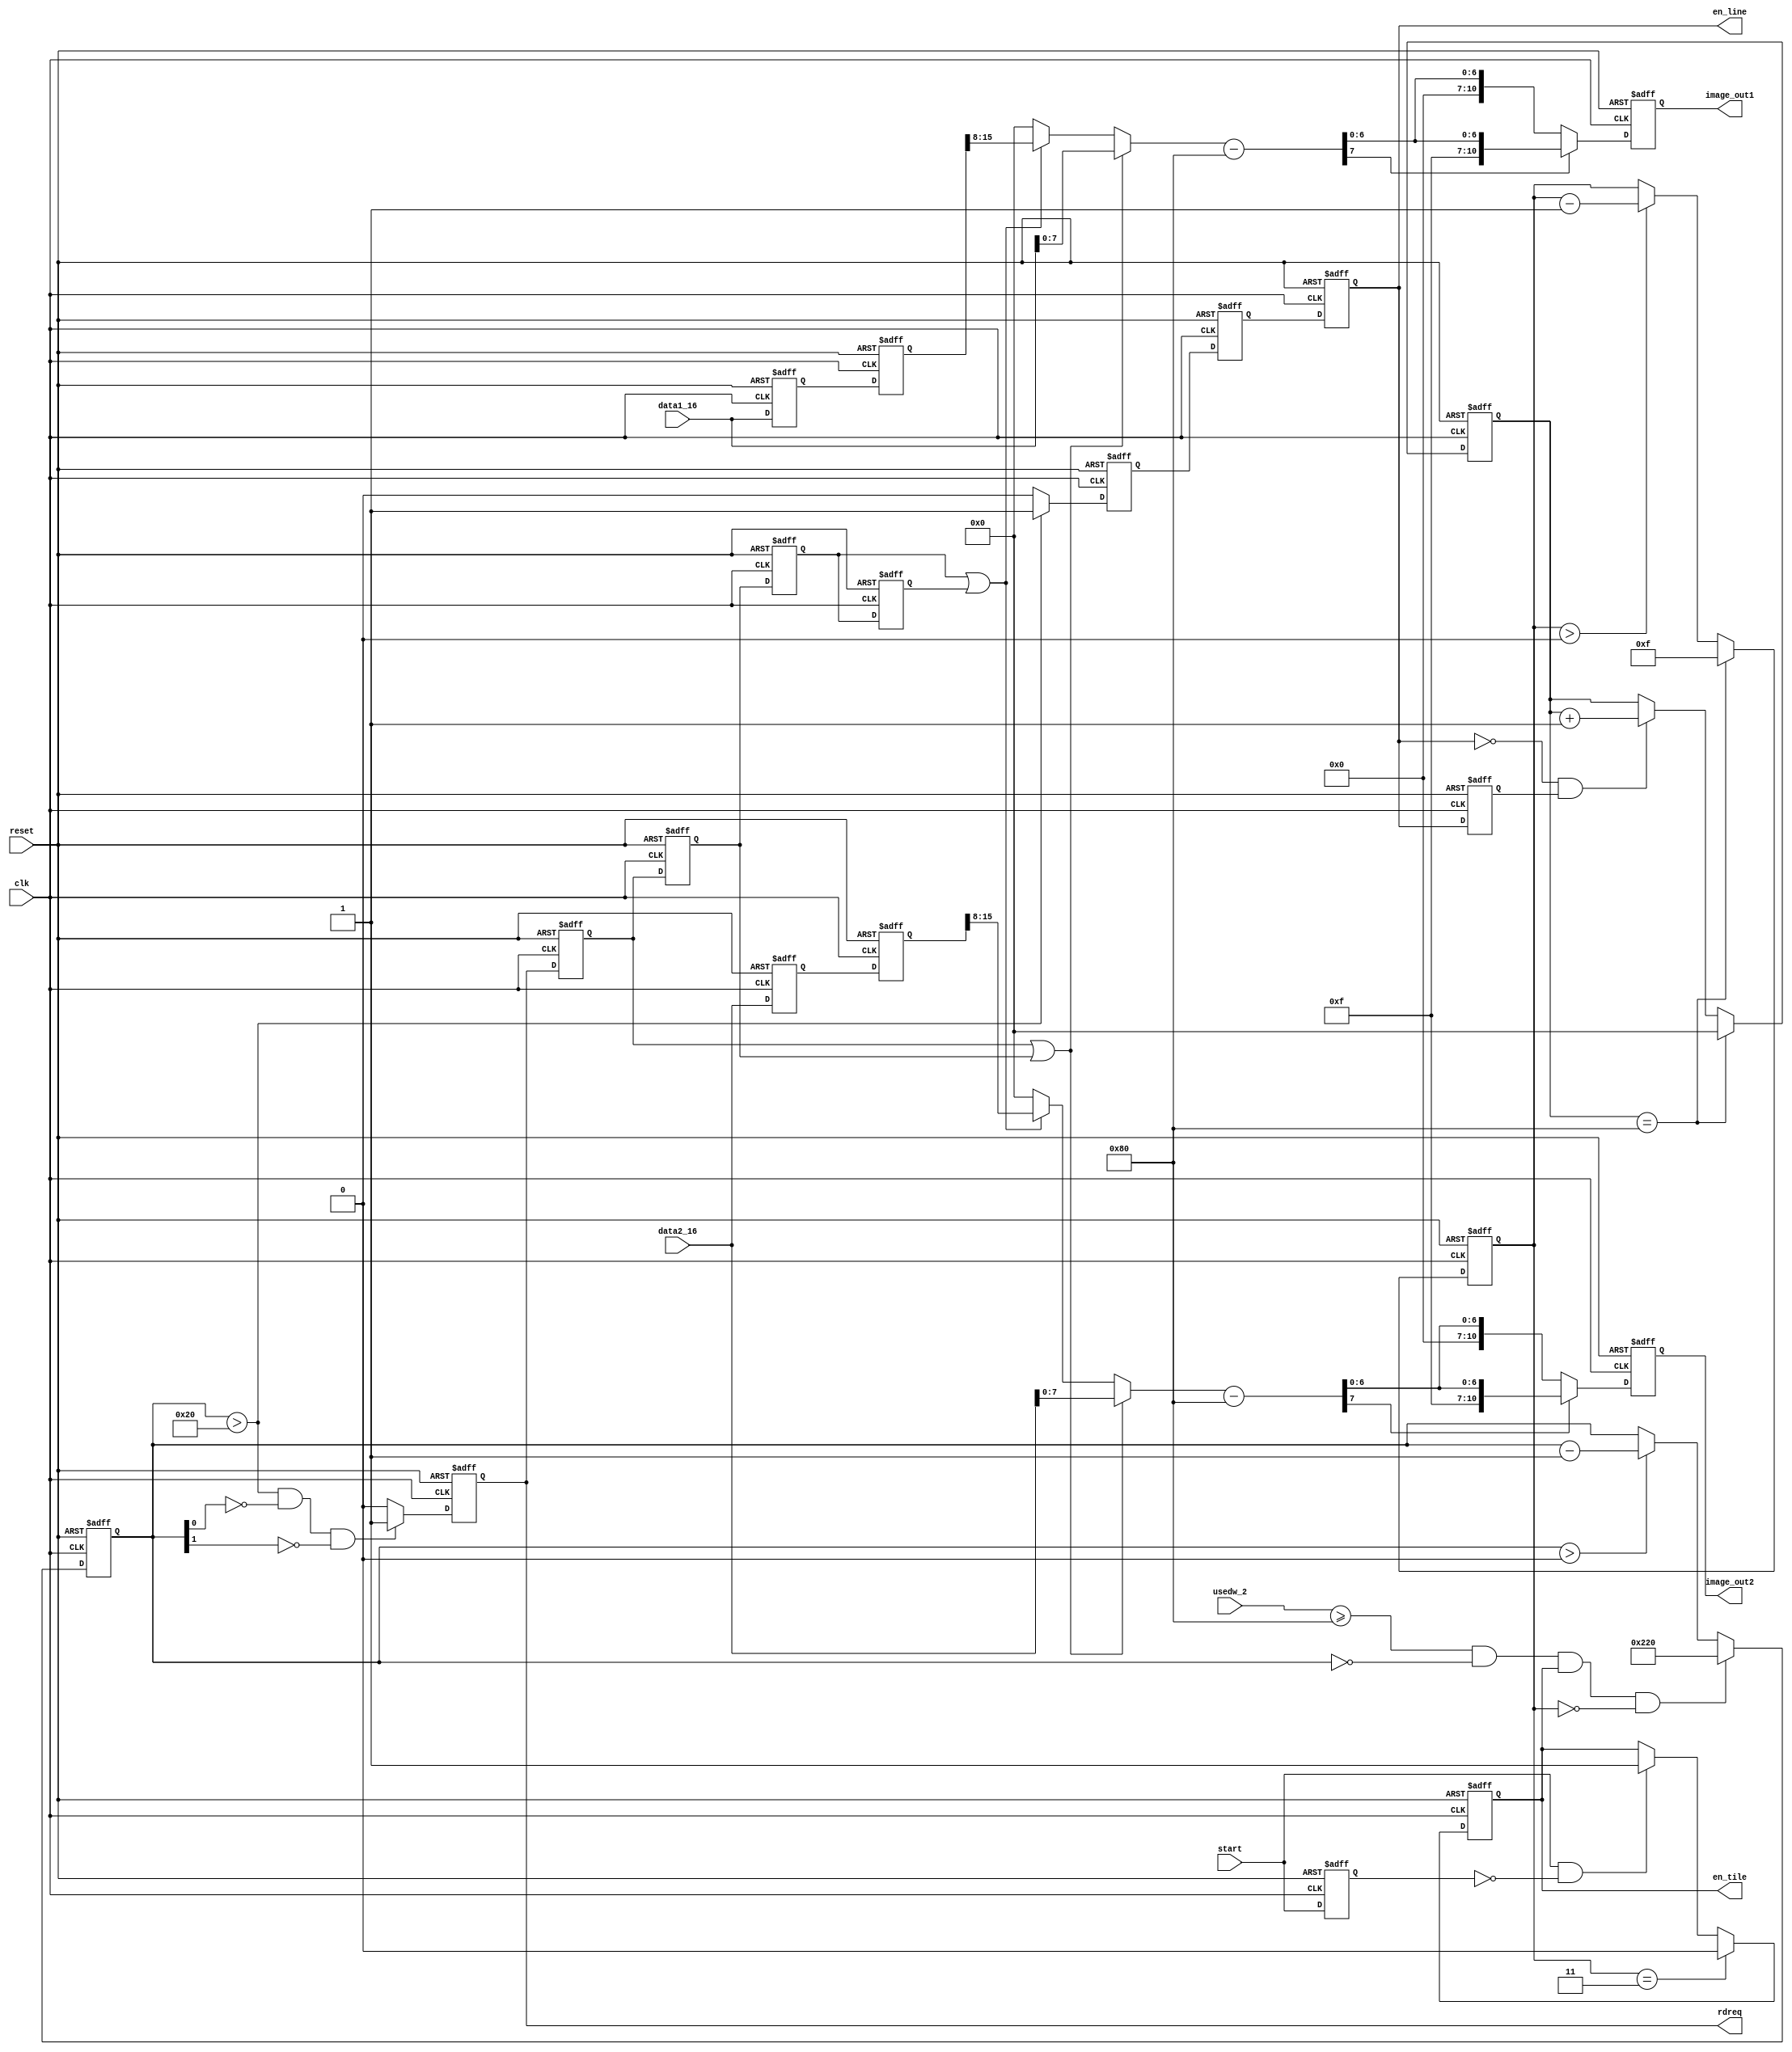
/************************************************************************************************** 
                                                                                                  
Copyright 2002-2003 , AI&R , Xi'an Jiao Tong University                                           
                                                                                                  
All Rights Reserved                                                                               
                                                                                                  
Version: 1.0                                                                                      
                                                                                                  
Author: Zeng Qiang

time  : 2005.02.23
                                                                                                  
**************************************************************************************************/
                                                                                                  
//JPEG2000  SDRAM Controller testbench

/*****************        SYNTHESIZABLE MODULES      ********************************************

Name:      rd_fifo_12
Function:  read fifo 1/2,and convert data1/2[16:0] to data1/2[7:0] 

***************************************************************************************************/ 

`timescale 1ns / 100ps
module  dwt_interface(
                     clk,
                     reset,
                     start,                    //  start_inter
                     usedw_2,
                     data1_16,
                     data2_16,                  //16
                     image_out1,                //11
                     image_out2,
                     rdreq,                      // for fifo 1 & 2
                     en_tile,
                     en_line                     //image_out
                   );

parameter USEDW_2_par       = 128;
parameter LINE_INTERVAL_4 = 32;             // 8*2   8


input           clk;
input           reset;
input           start;
input[7:0]      usedw_2;
input[15:0]     data1_16;
input[15:0]     data2_16;

output[10:0]     image_out1;
output[10:0]     image_out2;
output          rdreq;
output          en_tile;
output          en_line;

wire            clk;
wire            reset;
wire            start;
wire[7:0]       usedw_2;
wire[15:0]      data1_16;
wire[15:0]      data2_16;
reg[10:0]     image_out1;
reg[10:0]     image_out2;



reg[7:0]        data1;
reg[7:0]        data2;
reg             rdreq;
reg             en_tile;
reg             en_line;

reg             start_reg;


reg             rdreq_reg;
reg             rdreq_reg2;
reg             rdreq_reg3;
reg             rdreq_reg4;

reg[15:0]       data1_reg;
reg[15:0]       data2_reg;
reg[15:0]       data1_reg2;
reg[15:0]       data2_reg2;


reg[9:0]        counter_rd;
reg[7:0]        counter_line;                   // 128 times

reg             en_line_temp;
reg             en_line_temp_reg;
reg             en_line_reg;

reg  [4:0]      en_tilecount;

// ************************************ counter for rdreq *****************************************
always@(posedge clk or posedge reset)
begin
        if(reset==1)
                begin
                        counter_rd<=10'b0;
                end
        else if(usedw_2>=USEDW_2_par && counter_rd==0 && en_tile==1 && en_tilecount==0)
                begin
                        counter_rd<=10'd512+LINE_INTERVAL_4;          //128*2*2
                end
        else if (counter_rd>0)
                begin
                        counter_rd<=counter_rd-10'd1;
                end
        else
                begin
                        counter_rd<=counter_rd;
                end
end

// ******************************************* rdreq **********************************************
always@(posedge clk or posedge reset)
begin
        if(reset==1)
                begin
                        rdreq<=1'b0;
                end
        else if ((counter_rd>LINE_INTERVAL_4) && (counter_rd[0]==0) && (counter_rd[1]==0))    // 4(4)
                begin
                        rdreq<=1'b1;                                               //tile(LINE_INTERVAL_4)clk
                end     
        else
                begin
                        rdreq<=1'b0;
                end
end

// ************************************** register signals ****************************************
always@(posedge clk or posedge reset)
begin
        if(reset==1)
                begin
                        start_reg<=1'b0;
                        en_line<=1'b0;
                        en_line_temp_reg<=1'b0;
                        en_line_reg<=1'b0;                        
                        rdreq_reg<=1'b0;
                        rdreq_reg2<=1'b0;
                        rdreq_reg3<=1'b0;
                        rdreq_reg4<=1'b0;
                        data1_reg<=16'b0;
                        data2_reg<=16'b0;
                        data1_reg2<=16'b0;
                        data2_reg2<=16'b0;
                end
        else
                begin
                        start_reg<=start;
                        en_line_temp_reg<=en_line_temp;
                        en_line<=en_line_temp_reg;
                        en_line_reg<=en_line;
                        rdreq_reg<=rdreq;
                        rdreq_reg2<=rdreq_reg;
                        rdreq_reg3<=rdreq_reg2;                 
                        rdreq_reg4<=rdreq_reg3;                 
                        data1_reg<=data1_16;
                        data2_reg<=data2_16;
                        data1_reg2<=data1_reg;
                        data2_reg2<=data2_reg;
                end
          
end

// ************************************** data1 / data2 *******************************************
// combinational logic
always@(rdreq_reg or rdreq_reg2 or rdreq_reg3 or rdreq_reg4 or data1_16 or data2_16 or data1_reg2 or data2_reg2)
begin
        if(rdreq_reg==1 || rdreq_reg2==1)
                begin
                        data1<=data1_16[7:0];             //2clk
                        data2<=data2_16[7:0]; 
                end
        else if(rdreq_reg3==1 || rdreq_reg4==1)           //
                begin
                        data1<=data1_reg2[15:8];
                        data2<=data2_reg2[15:8]; 
                end
        else
                begin
                        data1<=8'b0;
                        data2<=8'b0; 
                end  
end  

wire	[7:0]	image1_temp;
wire	[7:0]	image2_temp;
assign 		image1_temp=data1-128;       //
assign 		image2_temp=data2-128;

always@(posedge clk or posedge reset)
begin
	if(reset)
	begin
		    image_out1<=0;
	end
	else if (image1_temp[7]==0)
			image_out1<={3'b000,image1_temp};          //en_lile
	else if (image1_temp[7]==1)
			image_out1<={3'b111,image1_temp};
	
	else 	
		    image_out1<=0;	
end

always@(posedge clk or posedge reset)
begin
	if(reset)
	begin
		     image_out2<=0;
	end
	else if(image2_temp[7]==0)
			image_out2<={3'b000,image2_temp};
	else if (image2_temp[7]==1)
			image_out2<={3'b111,image2_temp};
	else 
        	image_out2<=0;
end




// *************************************** en_line_temp *******************************************
always@(posedge clk or posedge reset)
begin
        if(reset==1)
                begin
                        en_line_temp<=1'b0;
                end
        else if(counter_rd>LINE_INTERVAL_4)
                begin
                        en_line_temp<=1'b1;
                end     
        else 
                begin
                        en_line_temp<=1'b0;
                end
end

// en_line_temp en_lien  en_tile


// ***************************************** en_tile **********************************************
// *************************************** counter_line ******************************************* 
always@(posedge clk or posedge reset)
begin
        if(reset==1)
                begin
                        counter_line<=8'b00000000;
                end
        else if(counter_line==8'd128)
                begin
                        counter_line<=8'b00000000;
                end
        else if((en_line==0) && (en_line_reg==1))              // 
                begin
                        counter_line<=counter_line+8'd1;
                end
        else
                begin
                        counter_line<=counter_line;
                end
end

always @(posedge clk or posedge reset)
begin
        if (reset==1)
           en_tilecount<=0;
        else if (counter_line==128)
           en_tilecount<=15;
        else if (en_tilecount>0)
           en_tilecount<=en_tilecount-1;
        else 
           en_tilecount<=en_tilecount;
end 
        
        



always@(posedge clk or posedge reset)
begin
        if(reset==1)
                begin
                        en_tile<=1'b0;
                end
   //     else if(counter_line==128)
       else if(en_tilecount==3)          //tile12clken_tile
                begin
                        en_tile<=1'b0;
                end
        else if((start==1) && (start_reg==0))   //tile
                begin
                        en_tile<=1'b1;
                end
        else    
                begin
                        en_tile<=en_tile;
                end
end


endmodule